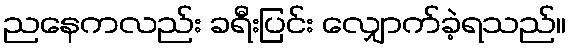
ညနေကလည်း ခရီးပြင်း လျှောက်ခဲ့ရသည်။